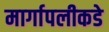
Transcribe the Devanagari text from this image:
मार्गापलीकडे